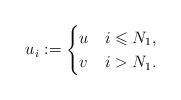
LaTeX: \begin{align*} u_{i}:=\begin{cases} u & i \leqslant N_1,\\v &i> N_1.\end{cases}\end{align*}